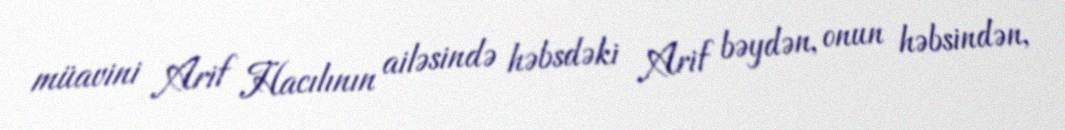
müavini Arif Hacılının ailəsində həbsdəki Arif bəydən, onun həbsindən,